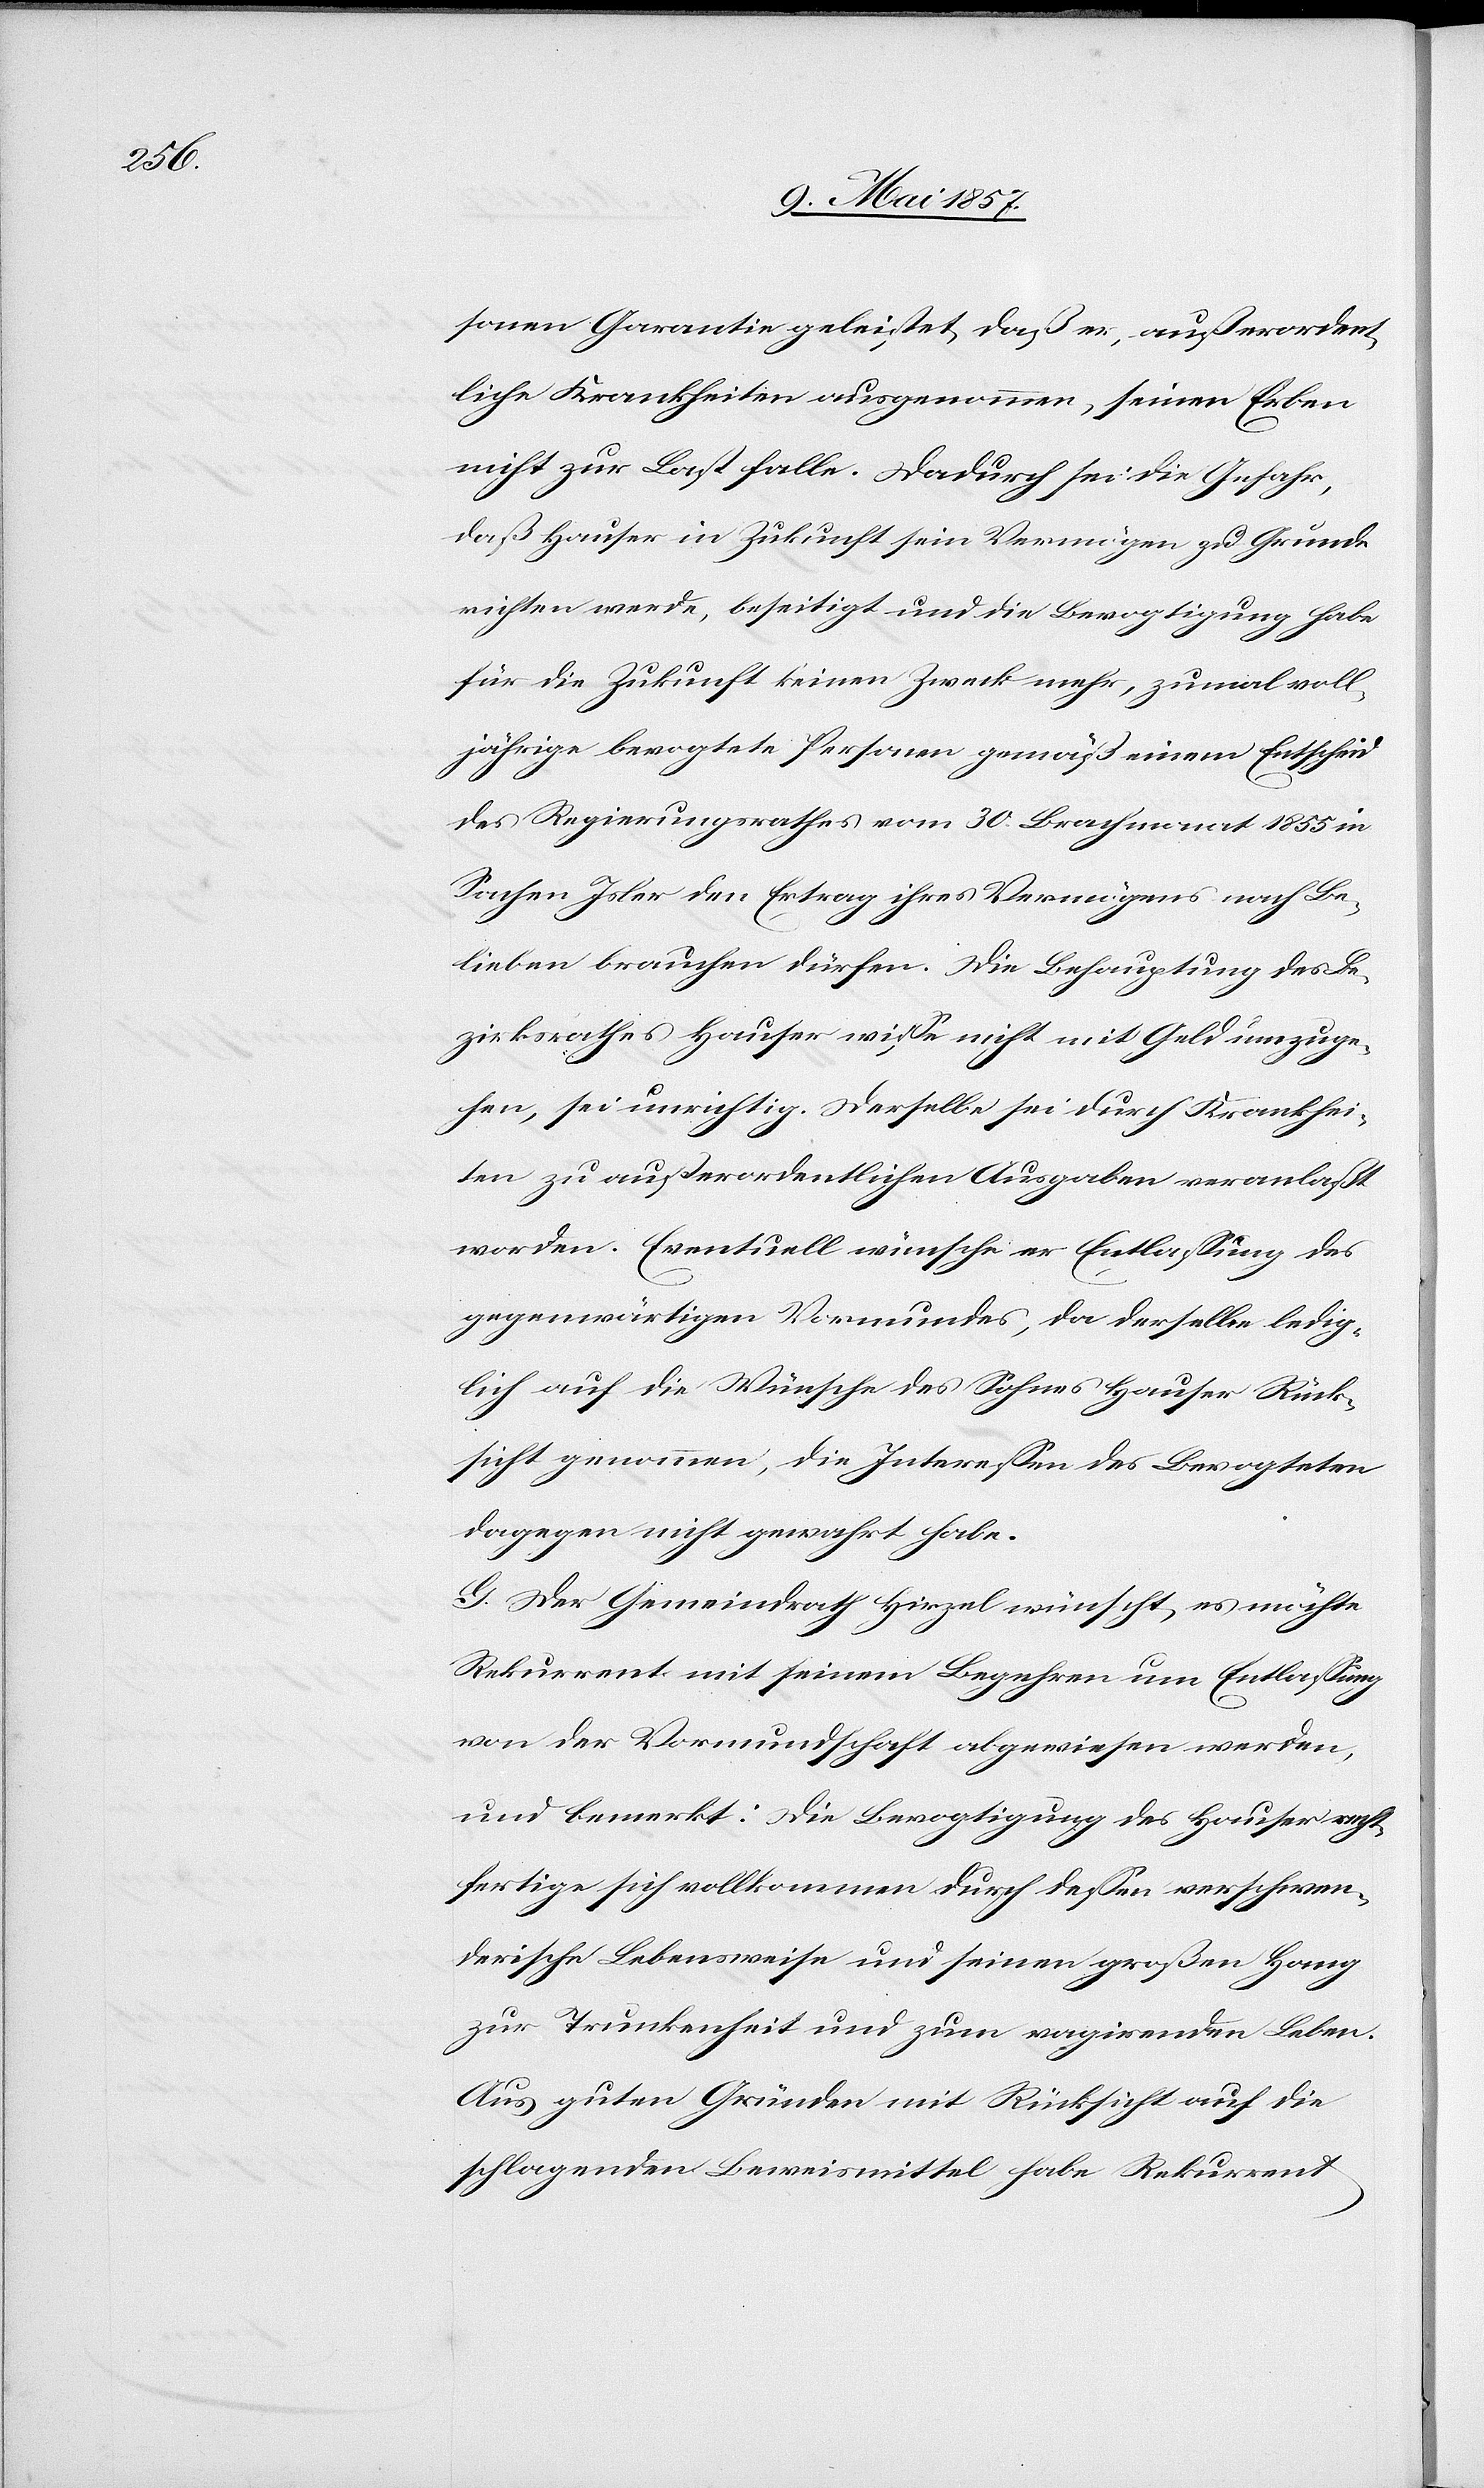
sonen Garantie geleistet, daß er, außerordent¬
liche Krankheiten ausgenommen, seinen Erben
nicht zur Last falle. Dadurch sei die Gefahr,
daß Hauser in Zukunft sein Vermögen zu Grunde
richten werde, beseitigt und die Bevogtigung habe
für die Zukunft keinen Zweck mehr, zumal voll¬
jährige bevogtete Personen gemäß einem Entscheid
des Regierungsrathes vom 30 Brachmonat 1855 in
Sachen Isler den Ertrag ihres Vermögens nach Be¬
lieben brauchen dürfen. Die Behauptung des Be¬
zirksrathes Hauser wisse nicht mit Geld umzuge¬
hen, sei unrichtig. Derselbe sei durch Krankhei¬
ten zu außerordentlichen Ausgaben veranlaßt
worden. Eventuell wünsche er Entlassung des
gegenwärtigen Vormundes, da derselbe ledig¬
lich auf die Wünsche des Sohnes Hauser Rück¬
sicht genommen, die Interessen des Bevogteten
dagegen nicht gewahrt habe.
G. Der Gemeindrath Hirzel wünscht, es möchte
Rekurrent mit seinem Begehren um Entlassung
von der Vormundschaft abgewiesen werden,
und bemerkt: Die Bevogtigung des Hauser recht¬
fertige sich vollkommen durch dessen verschwen¬
derische Lebensweise und seinen großen Hang
zur Trunkenheit und zum vagirenden Leben.
Aus guten Gründen mit Rücksicht auf die
schlagenden Beweismittel habe Rekurrent